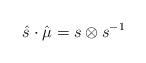
LaTeX: \begin{align*} \hat{s} \cdot \hat{\mu} = s \otimes s^{-1}\end{align*}